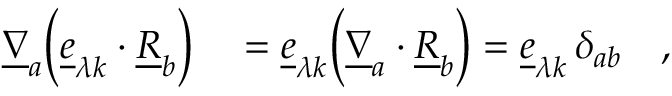
\begin{array} { r l } { \underline { { \nabla } } _ { a } \biggl ( \underline { { e } } _ { \lambda k } \cdot \underline { { R } } _ { b } \biggr ) } & { { } = \underline { { e } } _ { \lambda k } \biggl ( \underline { { \nabla } } _ { a } \cdot \underline { { R } } _ { b } \biggr ) = \underline { { e } } _ { \lambda k } \, \delta _ { a b } \quad , } \end{array}